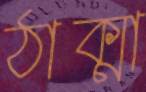
ঠাক্মা